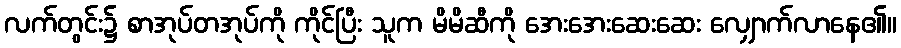
လက်တွင်း၌ စာအုပ်တအုပ်ကို ကိုင်ပြီး သူက မိမိဆီကို အေးအေးဆေးဆေး လျှောက်လာနေ၏။